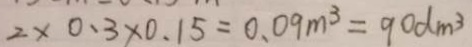
2 \times 0 . 3 \times 0 . 1 5 = 0 . 0 9 m ^ { 3 } = 9 0 d m ^ { 3 }